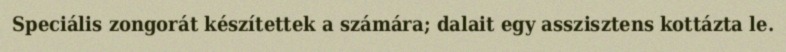
Speciális zongorát készítettek a számára; dalait egy asszisztens kottázta le.